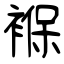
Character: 褓